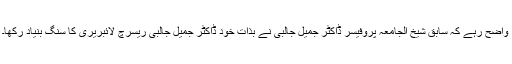
واضح رہے کہ سابق شیخ الجامعہ پروفیسر ڈاکٹر جمیل جالبی نے بذات خود ڈاکٹر جمیل جالبی ریسرچ لائبریری کا سنگ بنیاد رکھا۔